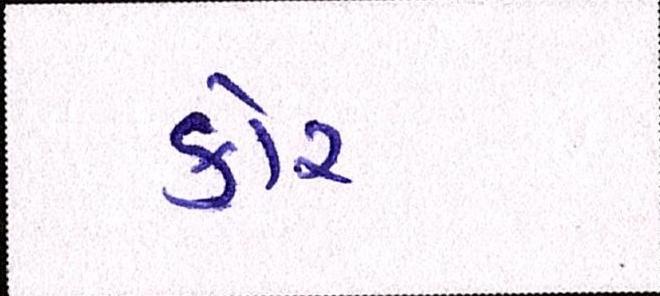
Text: કોર